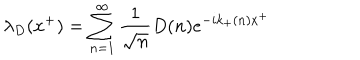
LaTeX: \lambda _ { D } ( x ^ { + } ) = \sum _ { n = 1 } ^ { \infty } { \frac { 1 } { \sqrt { n } } } D ( n ) e ^ { - i k _ { + } ( n ) x ^ { + } }